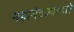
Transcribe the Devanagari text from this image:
महामंडळाव्दारे